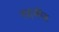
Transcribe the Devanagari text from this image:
तहजीह